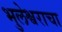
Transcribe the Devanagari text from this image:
भुलेश्वराचा